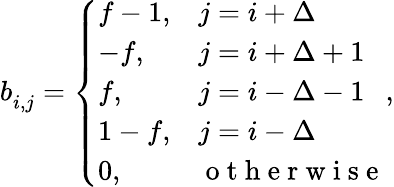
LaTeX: \begin{array}{r}{b_{i,j}^{}=\left\{ \begin{array}{ll}{f-1,}&{j=i+\Delta}\\ {-f,}&{j=i+\Delta+1}\\ {f,}&{j=i-\Delta-1}\\ {1-f,}&{j=i-\Delta}\\ {0,}&{\mathrm{~o~t~h~e~r~w~i~s~e~}}\end{array}\right.,}\end{array}